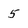
Character: 5